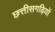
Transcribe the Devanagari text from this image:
छत्तीसगढ़ियों